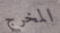
المخرج